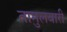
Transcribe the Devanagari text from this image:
तामुलबारी